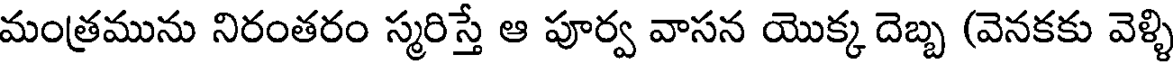
మంత్రమును నిరంతరం స్మరిస్తే ఆ పూర్వ వాసన యొక్క దెబ్బ (వెనకకు వెళ్ళి